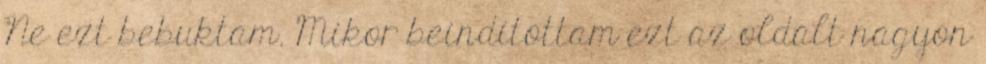
Ne ezt bebuktam. Mikor beindítottam ezt az oldalt nagyon